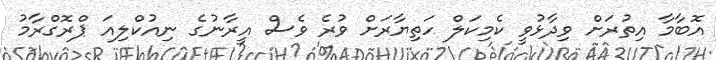
އޮބާމާ އިތުރަށް ވިދާޅުވީ ކެމިކަލް ހަތިޔާރަށް ވުރެ ވެސް އީރާނުގެ ނިއުކްލިއަ ޕްރޮގްރާމު